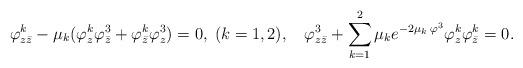
LaTeX: \begin{align*}\varphi^{k}_{z\bar{z}}-\mu_{k}(\varphi^k_z\varphi^3_{\bar z}+\varphi^k_{\bar z}\varphi^3_z)=0, \;(k=1,2), \;\ \ \varphi^3_{z\bar z}+\sum_{k=1}^{2}\mu_{k}e^{-2\mu_k\>\varphi^3}\varphi^{k}_{z}\varphi^{k}_{\bar z}=0.\end{align*}